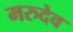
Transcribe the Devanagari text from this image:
मरुदेव